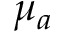
\mu _ { a }